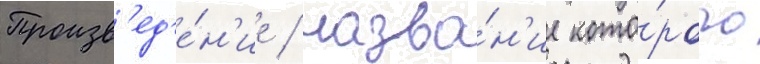
Произв'ед'е́н'ие / назва́н'ие кото́рого